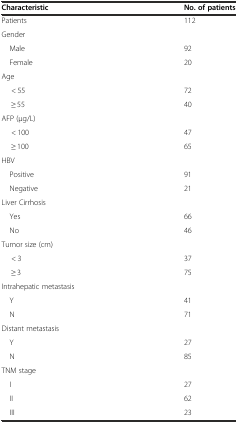
<table><thead><tr><td><b>Characteristic</b></td><td><b>No. of patients</b></td></tr></thead><tbody><tr><td>Patients</td><td>112</td></tr><tr><td colspan="2">Gender</td></tr><tr><td> Male</td><td>92</td></tr><tr><td> Female</td><td>20</td></tr><tr><td colspan="2">Age</td></tr><tr><td>&lt; 55</td><td>72</td></tr><tr><td>≥ 55</td><td>40</td></tr><tr><td colspan="2">AFP (μg/L)</td></tr><tr><td>&lt; 100</td><td>47</td></tr><tr><td>≥ 100</td><td>65</td></tr><tr><td colspan="2">HBV</td></tr><tr><td> Positive</td><td>91</td></tr><tr><td> Negative</td><td>21</td></tr><tr><td colspan="2">Liver Cirrhosis</td></tr><tr><td> Yes</td><td>66</td></tr><tr><td> No</td><td>46</td></tr><tr><td colspan="2">Tumor size (cm)</td></tr><tr><td>&lt; 3</td><td>37</td></tr><tr><td>≥ 3</td><td>75</td></tr><tr><td colspan="2">Intrahepatic metastasis</td></tr><tr><td> Y</td><td>41</td></tr><tr><td> N</td><td>71</td></tr><tr><td colspan="2">Distant metastasis</td></tr><tr><td> Y</td><td>27</td></tr><tr><td> N</td><td>85</td></tr><tr><td colspan="2">TNM stage</td></tr><tr><td> I</td><td>27</td></tr><tr><td> II</td><td>62</td></tr><tr><td> III</td><td>23</td></tr></tbody></table>